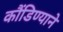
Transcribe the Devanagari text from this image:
कौंडिण्याने